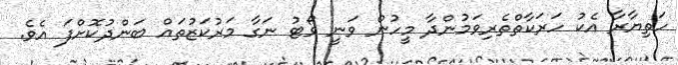
ހަތިޔާރާ އެކު ހަރަކާތްތެރިވަމުންދާ މީހުން ވަނީ ވޯޓު ނަގާ މަރުކަޒުތައް ބަންދުކޮށްފަ އެވެ.